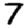
Digit: 7